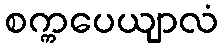
စက္ကပေယျာလံ